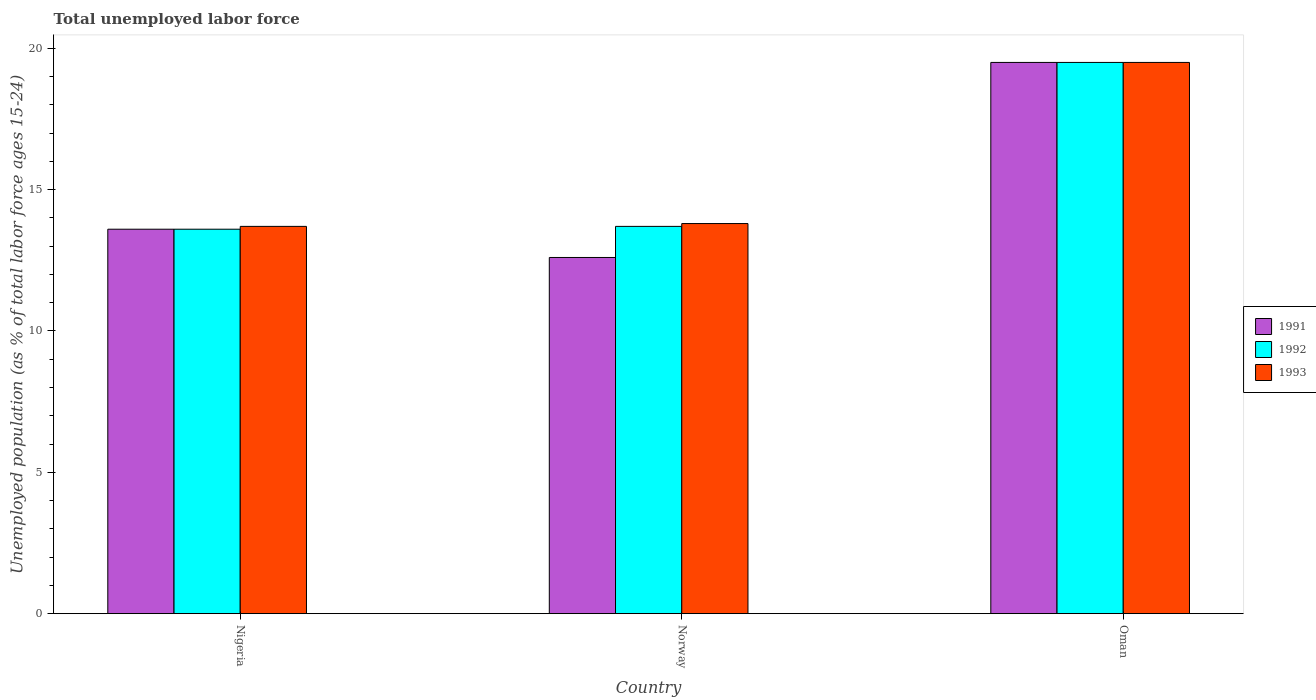
| Country | 1991 | 1992 | 1993 |
 | --- | --- | --- | --- |
 | Nigeria | 13.6 | 13.6 | 13.7 |
 | Norway | 12.6 | 13.7 | 13.8 |
 | Oman | 19.5 | 19.5 | 19.5 |